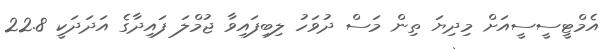
އެމްޓީސީސީއަށް މިދިޔަ ތިން މަސް ދުވަހު ލިބިފައިވާ ޖުމްލަ ފައިދާގެ އަދަދަކީ 22.8